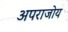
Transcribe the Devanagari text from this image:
अपराजोय